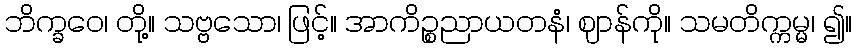
ဘိက္ခဝေ၊ တို့။ သဗ္ဗသော၊ ဖြင့်။ အာကိဉ္စညာယတနံ၊ ဈာန်ကို။ သမတိက္ကမ္မ၊ ၍။